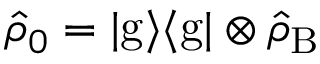
\hat { \rho } _ { 0 } = | \mathrm { g } \rangle \langle { \mathrm { g } } | \otimes \hat { \rho } _ { \mathrm { B } }